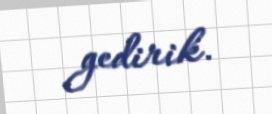
gedirik.